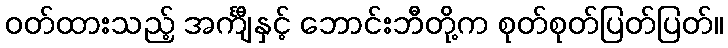
ဝတ်ထားသည့် အင်္ကျီနှင့် ဘောင်းဘီတို့က စုတ်စုတ်ပြတ်ပြတ်။